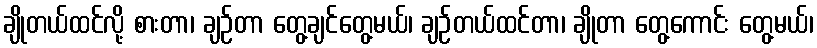
ချိုတယ်ထင်လို့ စားတာ၊ ချဉ်တာ တွေ့ချင်တွေ့မယ်၊ ချဉ်တယ်ထင်တာ၊ ချိုတာ တွေ့ကောင်း တွေ့မယ်၊